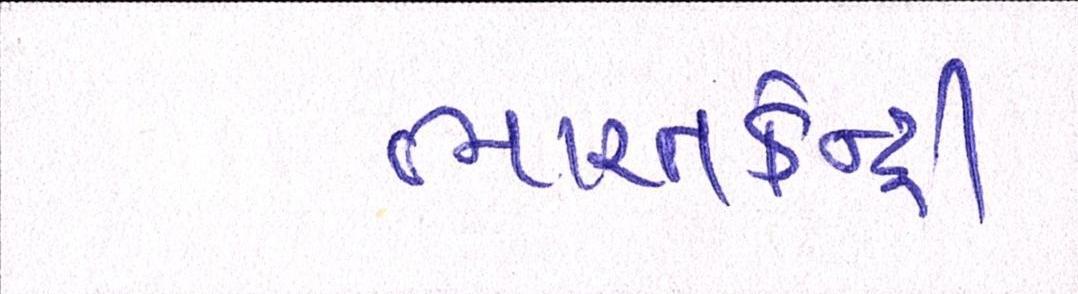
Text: ભારતકેન્દ્રી